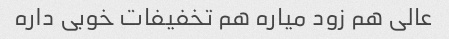
عالی هم زود میاره هم تخفیفات خوبی داره